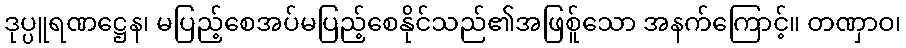
ဒုပ္ပူရဏဋ္ဌေန၊ မပြည့်စေအပ်မပြည့်စေနိုင်သည်၏အဖြစ်ူသော အနက်ကြောင့်။ တဏှာဝ၊